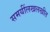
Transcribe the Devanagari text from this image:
समयींलखलखीत